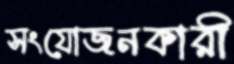
সংযোজনকারী